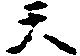
天